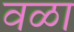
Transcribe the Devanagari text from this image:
वळा